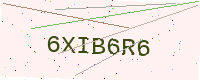
Text: 6XIB6R6